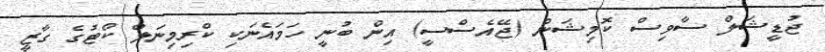
ޖުޑީޝަލް ސާވިސް ކޮމިޝަން (ޖޭއެސްސީ) އިން ބުނީ ހަމައެނަކި ކްރިމިނަލް ކޯޓުގެ ގާޒީ